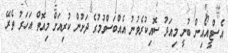
އެސްޓީއޯއިން ބުނީ މިއަދު ސޮއިކުރެވުނު އެއްބަސްވުމުގެ ދަށުން ކުރިއަށް މިއޮތް އަހަރު ތެރޭ